Sanitation, dispensaries and jails vaccination Rajputana 1922-1927 - 1922-1927
Year: 1922
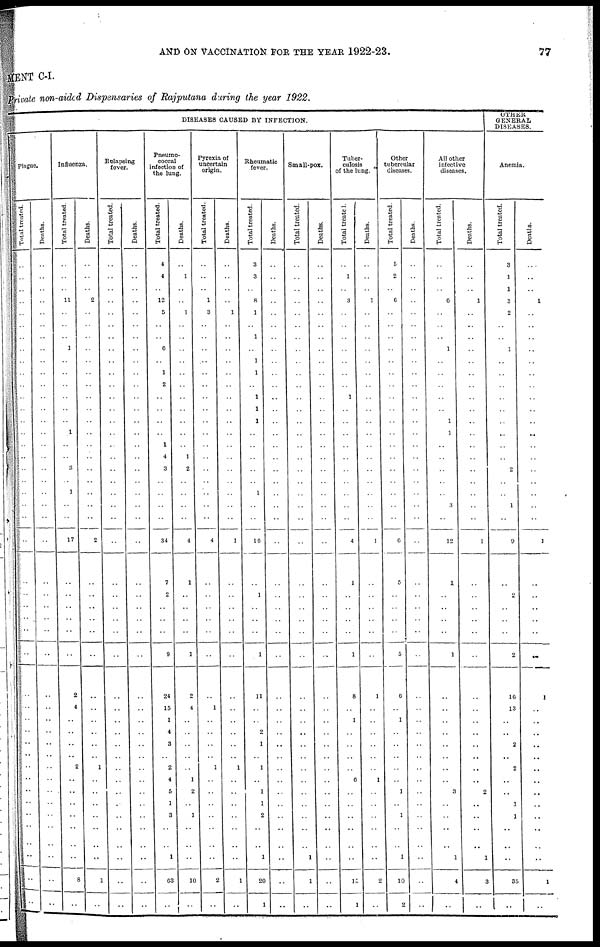
AND ON VACCINATION FOR THE YEAR 1922-23.
77
MENT C-I.
Private non-aided Dispensaries of Rajputana during the year 1922.
DISEASES CAUSED BY INFECTION.
Plague.
Total treated.
..
..
..
..
..
..
..
..
..
..
..
..
..
..
..
..
..
..
..
..
..
..
..
..
..
..
..
..
..
..
..
..
..
..
..
..
..
..
..
..
..
..
..
..
..
Deaths.
..
..
..
..
..
..
..
..
..
..
..
..
..
..
..
..
..
..
..
..
..
..
..
..
..
..
..
..
..
..
..
..
..
..
..
..
..
..
..
..
..
..
..
..
..
Influenza.
Total treated.
..
..
..
11
..
..
..
1
..
..
..
..
..
..
1
..
..
3
..
1
..
..
17
..
..
..
..
..
..
2
4
..
..
..
..
2
..
..
..
..
..
..
..
8
..
Deaths.
..
..
..
2
..
..
..
..
..
..
..
..
..
..
..
..
..
..
..
..
..
..
2
..
..
..
..
..
..
..
..
..
..
..
..
1
..
..
..
..
..
..
..
1
..
Relapsing
fever.
Total treated.
..
..
..
..
..
..
..
..
..
..
..
..
..
..
..
..
..
..
..
..
..
..
..
..
..
..
..
..
..
..
..
..
..
..
..
..
..
..
..
..
..
..
..
..
..
Deaths.
..
..
..
..
..
..
..
..
..
..
..
..
..
..
..
..
..
..
..
..
..
..
..
..
..
..
..
..
..
..
..
..
..
..
..
..
..
..
..
..
..
..
..
..
..
Pneumo-
coccal
infection of
the lung.
Total treated.
4
4
..
12
5
..
..
6
..
1
2
..
..
..
..
1
4
3
..
..
..
..
34
7
2
..
..
..
9
24
15
1
4
3
..
2
4
5
1
3
..
..
1
63
..
Deaths.
..
1
..
..
1
..
..
..
..
..
..
..
..
..
..
..
1
2
..
..
..
..
4
1
..
..
..
..
1
2
4
..
..
..
..
..
1
2
..
1
..
..
..
10
..
Pyrexia of
uncertain
origin.
Total treated.
..
..
..
1
3
..
..
..
..
..
..
..
..
..
..
..
..
..
..
..
..
..
4
..
..
..
..
..
..
..
1
..
..
..
..
1
..
..
..
..
..
..
..
2
..
Deaths.
..
..
..
..
1
..
..
..
..
..
..
..
..
..
..
..
..
..
..
..
..
..
1
..
..
..
..
..
..
..
..
..
..
..
..
1
..
..
..
..
..
..
..
1
..
Rheumatic
fever.
Total treated.
3
3
..
8
1
..
1
..
1
1
..
1
1
1
..
..
..
..
..
1
..
..
16
..
1
..
..
..
1
11
..
..
2
1
..
1
..
1
1
2
..
..
1
20
1
Deaths.
..
..
..
..
..
..
..
..
..
..
..
..
..
..
..
..
..
..
..
..
..
..
..
..
..
..
..
..
..
..
..
..
..
..
..
..
..
..
..
..
..
..
..
..
..
Small-pox.
Total treated.
..
..
..
..
..
..
..
..
..
..
..
..
..
..
..
..
..
..
..
..
..
..
..
..
..
..
..
..
..
..
..
..
..
..
..
..
..
..
..
..
..
..
1
1
..
Deaths.
..
..
..
..
..
..
..
..
..
..
..
..
..
..
..
..
..
..
..
..
..
..
..
..
..
..
..
..
..
..
..
..
..
..
..
..
..
..
..
..
..
..
..
..
..
Tuber-
culosis
of the lung.
Total treated.
..
1
..
3
..
..
..
..
..
..
..
1
..
..
..
..
..
..
..
..
..
..
4
1
..
..
..
..
1
8
..
1
..
..
..
..
6
..
..
..
..
..
..
15
1
Deaths.
..
..
..
1
..
..
..
..
..
..
..
..
..
..
..
..
..
..
..
..
..
..
1
..
..
..
..
..
..
1
..
..
..
..
..
..
1
..
..
..
..
..
..
2
..
Other
tubercular
diseases.
Total treated.
5
2
..
6
..
..
..
..
..
..
..
..
..
..
..
..
..
..
..
..
..
..
6
5
..
..
..
..
5
6
..
1
..
..
..
..
..
1
..
1
..
..
1
10
2
Deaths.
..
..
..
..
..
..
..
..
..
..
..
..
..
..
..
..
..
..
..
..
..
..
..
..
..
..
..
..
..
..
..
..
..
..
..
..
..
..
..
..
..
..
..
..
..
All other
infective
diseases.
Total treated.
..
..
..
6
..
..
..
1
..
..
..
..
..
1
1
..
..
..
..
..
3
..
12
1
..
..
..
..
1
..
..
..
..
..
..
..
..
3
..
..
..
..
1
4
..
Deaths.
..
..
..
1
..
..
..
..
..
..
..
..
..
..
..
..
..
..
..
..
..
..
1
..
..
..
..
..
..
..
..
..
..
..
..
..
..
2
..
..
..
..
1
3
..
OTHER
GENERAL
DISEASES.
Anemia.
Total treated.
3
1
1
3
2
..
..
1
..
..
..
..
..
..
..
..
..
2
..
..
1
..
9
..
2
..
..
..
2
16
13
..
..
2
..
2
..
..
1
1
..
..
..
35
..
Deaths.
..
..
..
1
..
..
..
..
..
..
..
..
..
..
..
..
..
..
..
..
..
..
1
..
..
..
..
..
..
1
..
..
..
..
..
..
..
..
..
..
..
..
..
1
..